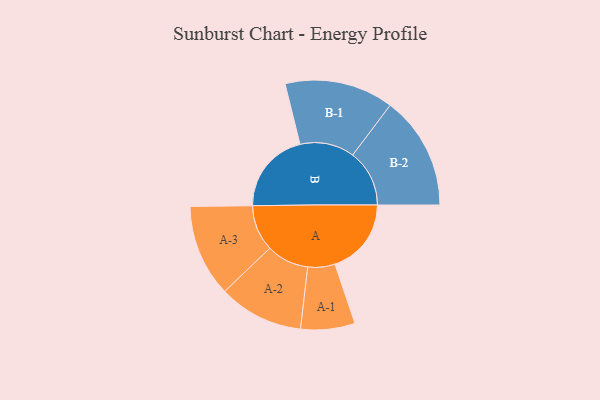
{"axis": {"x": "Segment", "y": "Value"}, "legend": ["", "A", "B"], "data": [{"x": "A", "y": 366, "type": ""}, {"x": "B", "y": 394, "type": ""}, {"x": "A-1", "y": 130, "type": "A"}, {"x": "A-2", "y": 203, "type": "A"}, {"x": "A-3", "y": 221, "type": "A"}, {"x": "B-1", "y": 261, "type": "B"}, {"x": "B-2", "y": 272, "type": "B"}]}